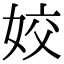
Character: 姣